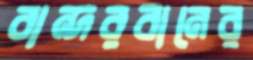
বান্দরবানের